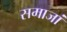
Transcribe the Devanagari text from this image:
समाजां